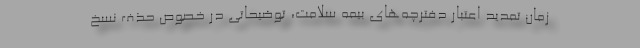
زمان تمدید اعتبار دفترچه‌های بیمه سلامت، توضیحاتی در خصوص حذف نسخ